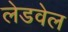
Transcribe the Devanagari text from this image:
लेडवेल